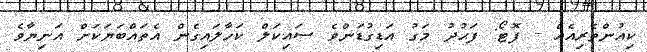
ކިއުންތެރިއެއް - ފޮޓޯ: ފަޙުދު މަގު އަޑިގުޑަންވެ ސައިކަލް ކަހާލައިގެން އެތައްބަޔަކަށް އަނިޔާވެ